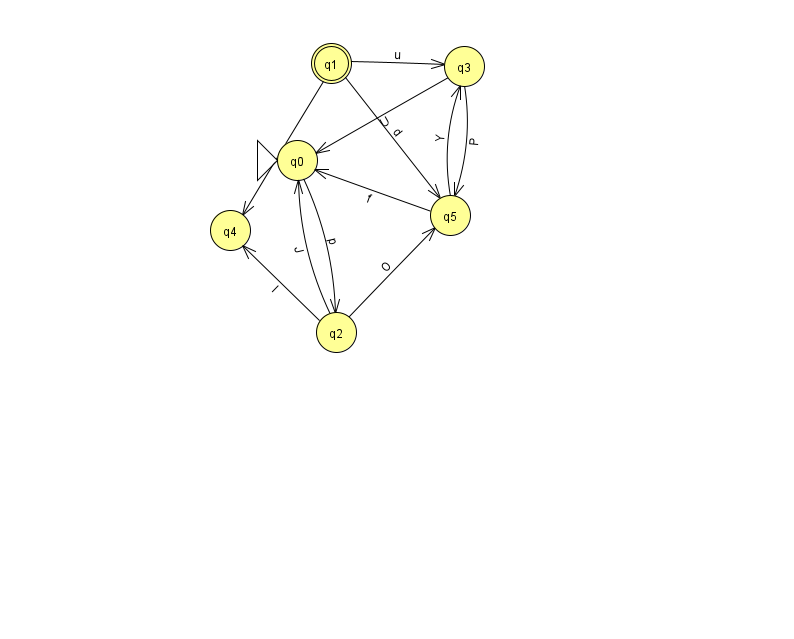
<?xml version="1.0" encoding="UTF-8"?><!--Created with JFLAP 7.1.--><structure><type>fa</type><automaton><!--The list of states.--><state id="0" name="q0"><x>297.0</x><y>147.0</y><initial/></state><state id="1" name="q1"><x>331.0</x><y>50.0</y><final/></state><state id="2" name="q2"><x>336.0</x><y>319.0</y></state><state id="3" name="q3"><x>464.0</x><y>53.0</y></state><state id="4" name="q4"><x>230.0</x><y>217.0</y></state><state id="5" name="q5"><x>450.0</x><y>202.0</y></state><!--The list of transitions.--><transition><from>1</from><to>3</to><read>u</read></transition><transition><from>2</from><to>0</to><read>J</read></transition><transition><from>3</from><to>0</to><read>U</read></transition><transition><from>2</from><to>4</to><read>I</read></transition><transition><from>1</from><to>4</to><read>V</read></transition><transition><from>5</from><to>3</to><read>Y</read></transition><transition><from>0</from><to>2</to><read>p</read></transition><transition><from>1</from><to>5</to><read>d</read></transition><transition><from>2</from><to>5</to><read>O</read></transition><transition><from>3</from><to>5</to><read>P</read></transition><transition><from>5</from><to>0</to><read>f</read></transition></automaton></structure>